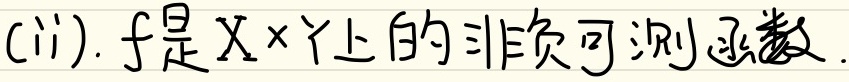
(ii). \(f\)是\(X\times Y\)上的非负可测函数。